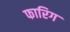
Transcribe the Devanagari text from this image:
फारिग